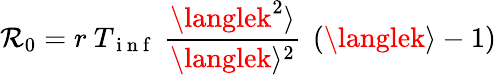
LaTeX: \mathcal{R}_{0}=r\ T_{\mathrm{{~i~n~f~}}}\ \frac{{\langlek^{2}\rangle}}{{\langlek\rangle^{2}}}\ \left(\langlek\rangle-1\right)